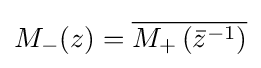
M_{-}(z)={\overline {M_{+}\left({\bar {z}}^{-1}\right)}}